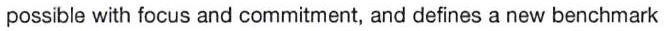
possible with focus and commitment, and defines a new benchmark